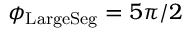
\phi _ { \mathrm { L a r g e S e g } } = 5 \pi / 2